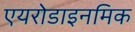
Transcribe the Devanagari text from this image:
एयरोडाइनमिक